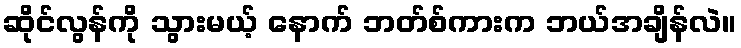
ဆိုင်လွန်ကို သွားမယ့် နောက် ဘတ်စ်ကားက ဘယ်အချိန်လဲ။